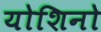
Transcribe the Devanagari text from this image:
योशिनो